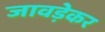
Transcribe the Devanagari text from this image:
जावड़ेकर